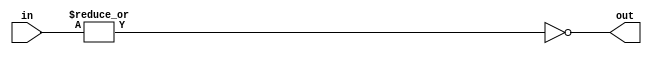
module f6_TECH_NOR4(input [3:0] in, output out);
assign out = ~(|in);
endmodule